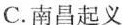
C.南昌起义